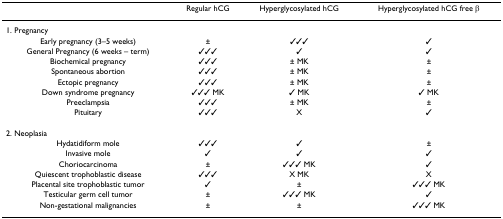
<table><thead><tr><td></td><td><b>Regular hCG</b></td><td><b>Hyperglycosylated hCG</b></td><td><b>Hyperglycosylated hCG free β</b></td></tr></thead><tbody><tr><td>1. Pregnancy</td><td></td><td></td><td></td></tr><tr><td>Early pregnancy (3–5 weeks)</td><td>±</td><td>✓✓✓</td><td>✓</td></tr><tr><td>General Pregnancy (6 weeks – term)</td><td>✓✓✓</td><td>✓</td><td>✓</td></tr><tr><td>Biochemical pregnancy</td><td>✓✓✓</td><td>± MK</td><td>±</td></tr><tr><td>Spontaneous abortion</td><td>✓✓✓</td><td>± MK</td><td>±</td></tr><tr><td>Ectopic pregnancy</td><td>✓✓✓</td><td>± MK</td><td>±</td></tr><tr><td>Down syndrome pregnancy</td><td>✓✓✓ MK</td><td>✓ MK</td><td>✓ MK</td></tr><tr><td>Preeclampsia</td><td>✓✓✓</td><td>± MK</td><td>±</td></tr><tr><td>Pituitary</td><td>✓✓✓</td><td>X</td><td>✓</td></tr><tr><td>2. Neoplasia</td><td></td><td></td><td></td></tr><tr><td>Hydatidiform mole</td><td>✓✓✓</td><td>✓</td><td>±</td></tr><tr><td>Invasive mole</td><td>✓</td><td>✓</td><td>✓</td></tr><tr><td>Choriocarcinoma</td><td>±</td><td>✓✓✓ MK</td><td>✓</td></tr><tr><td>Quiescent trophoblastic disease</td><td>✓✓✓</td><td>X MK</td><td>X</td></tr><tr><td>Placental site trophoblastic tumor</td><td>✓</td><td>±</td><td>✓✓✓ MK</td></tr><tr><td>Testicular germ cell tumor</td><td>±</td><td>✓✓✓ MK</td><td>✓</td></tr><tr><td>Non-gestational malignancies</td><td>±</td><td>±</td><td>✓✓✓ MK</td></tr></tbody></table>